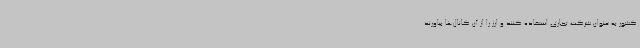
کشور به عنوان شرکت تجاری استفاده کنند و ارز را از آن کانال‌ها بیاورند.